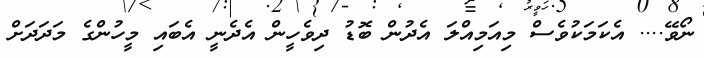
ނޯވޭ.... އެކަމަކުވެސް މިއަމިއްލަ އެދުން ބޮޑު ދިވެހީން އެދެނީ އެބައި މީހުންގެ މަދަދަށް